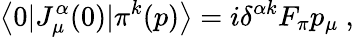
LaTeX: \left<0|J_{\mu}^{\alpha}(0)|\pi^{k}(p)\right>=i\delta^{\alpha k}F_{\pi}p_{\mu}\ ,